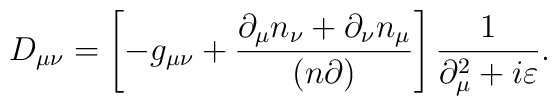
D_{\mu \nu} = \left[ -g_{\mu \nu} + \frac{\partial_{\mu} n_{\nu} +\partial_{\nu} n_{\mu}}{(n \partial)} \right]\frac{1}{\partial^2_{\mu} + i \varepsilon}.